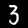
Digit: 3